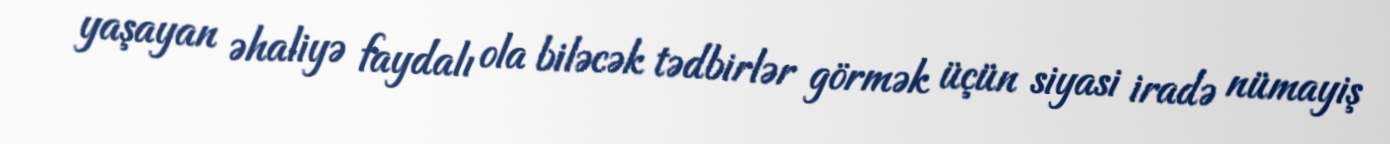
yaşayan əhaliyə faydalı ola biləcək tədbirlər görmək üçün siyasi iradə nümayiş